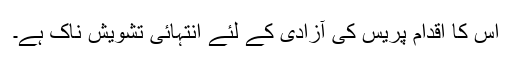
اس کا اقدام پریس کی آزادی کے لئے انتہائی تشویش ناک ہے۔